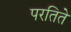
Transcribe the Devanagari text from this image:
परतिते